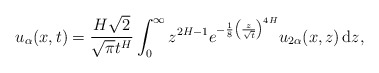
\begin{align*}u_{\alpha}(x,t)=\frac{H\sqrt{2}}{\sqrt{\pi}t^H}\int_0^{\infty}z^{2H-1}e^{-\frac{1}{8}\left(\frac{z}{\sqrt{t}}\right)^{4H}}u_{2\alpha}(x,z)\,\mathrm{d}z,\end{align*}